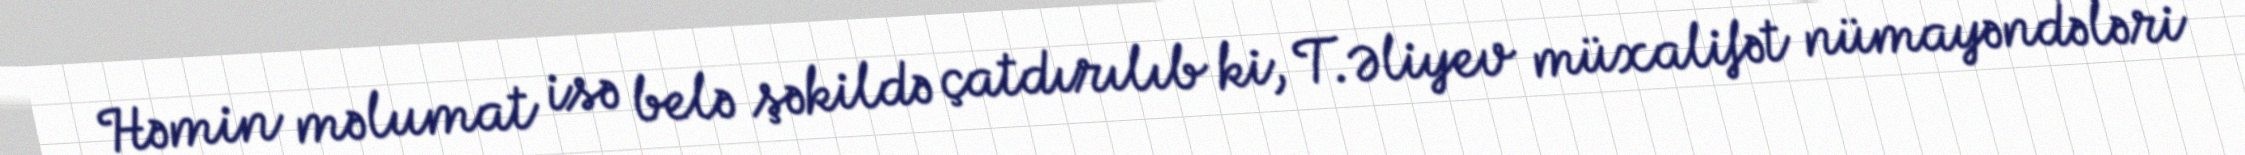
Həmin məlumat isə belə şəkildə çatdırılıb ki, T.Əliyev müxalifət nümayəndələri